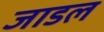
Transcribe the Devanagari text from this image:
जाडल